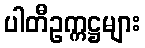
ပါတီဥက္ကဋ္ဌများ